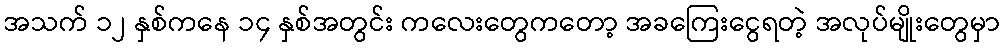
အသက် ၁၂ နှစ်ကနေ ၁၄ နှစ်အတွင်း ကလေးတွေကတော့ အခကြေးငွေရတဲ့ အလုပ်မျိုးတွေမှာ